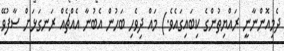
ދެމިއޮންނާނީ ރައްޔިތުންގެ ކިބައިގައެވެ.) މައް ދިވެހި ބަހުން އެބުނާ އެއްޗެއް ރަނގަޅަށް ސާފުވޭ